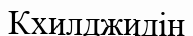
Кхилджидің